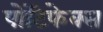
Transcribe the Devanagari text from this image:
पोंटिफेक्स